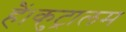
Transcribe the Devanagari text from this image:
हैं।कुट्रालम